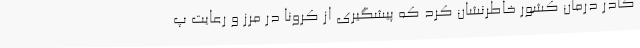
کادر درمان کشور خاطرنشان کرد که پیشگیری از کرونا در مرز و رعایت پ